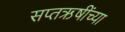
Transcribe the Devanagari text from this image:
सप्तऋषींच्या